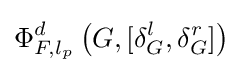
\Phi _{F,l_{p}}^{d}\left(G,[\delta _{G}^{l},\delta _{G}^{r}]\right)